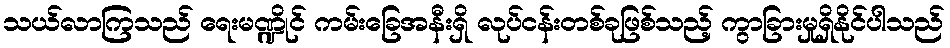
သယ်လာကြသည် ရေးမဏ္ဍိုင် ကမ်းခြေအနီးရှိ လုပ်ငန်းတစ်ခုဖြစ်သည့် ကွာခြားမှုရှိနိုင်ပါသည်